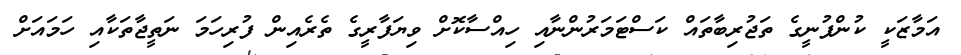
އަމާޒަކީ ކުންފުނީގެ ތަޖުރިބާތައް ކަސްޓަމަރުންނާއި ހިއްސާކޮށް ވިޔަފާރީގެ ތެރެއިން ފުރިހަމަ ނަތީޖާތަކާއި ހަމައަށް